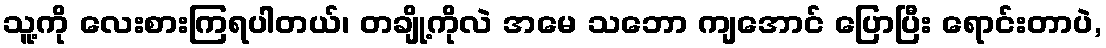
သူ့ကို လေးစားကြရပါတယ်၊ တချို့ကိုလဲ အမေ သဘော ကျအောင် ပြောပြီး ရောင်းတာပဲ,